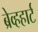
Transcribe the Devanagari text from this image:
ब्रेव्हहार्ट